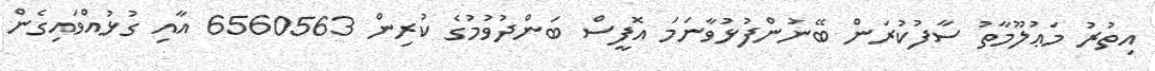
އިތުރު މަޢުލޫމާތު ސާފުކުރަން ބޭނުންފުޅުވާނަމަ އޮފީސް ބަންދުވުމުގެ ކުރިން 6560563 އާއި ގުޅުއްވައިގެން